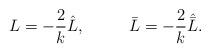
LaTeX: \begin{align*}L=-\frac{2}{k}\hat L,~~~~~~~~\bar L=-\frac{2}{k}\hat{\bar L}.\end{align*}